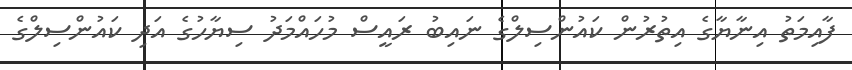
ފާއިމަތު އިނާޔާގެ އިތުރުން ކައުންސިލްގެ ނައިބު ރައީސް މުހައްމަދު ސިޔާހުގެ އަދި ކައުންސިލްގެ